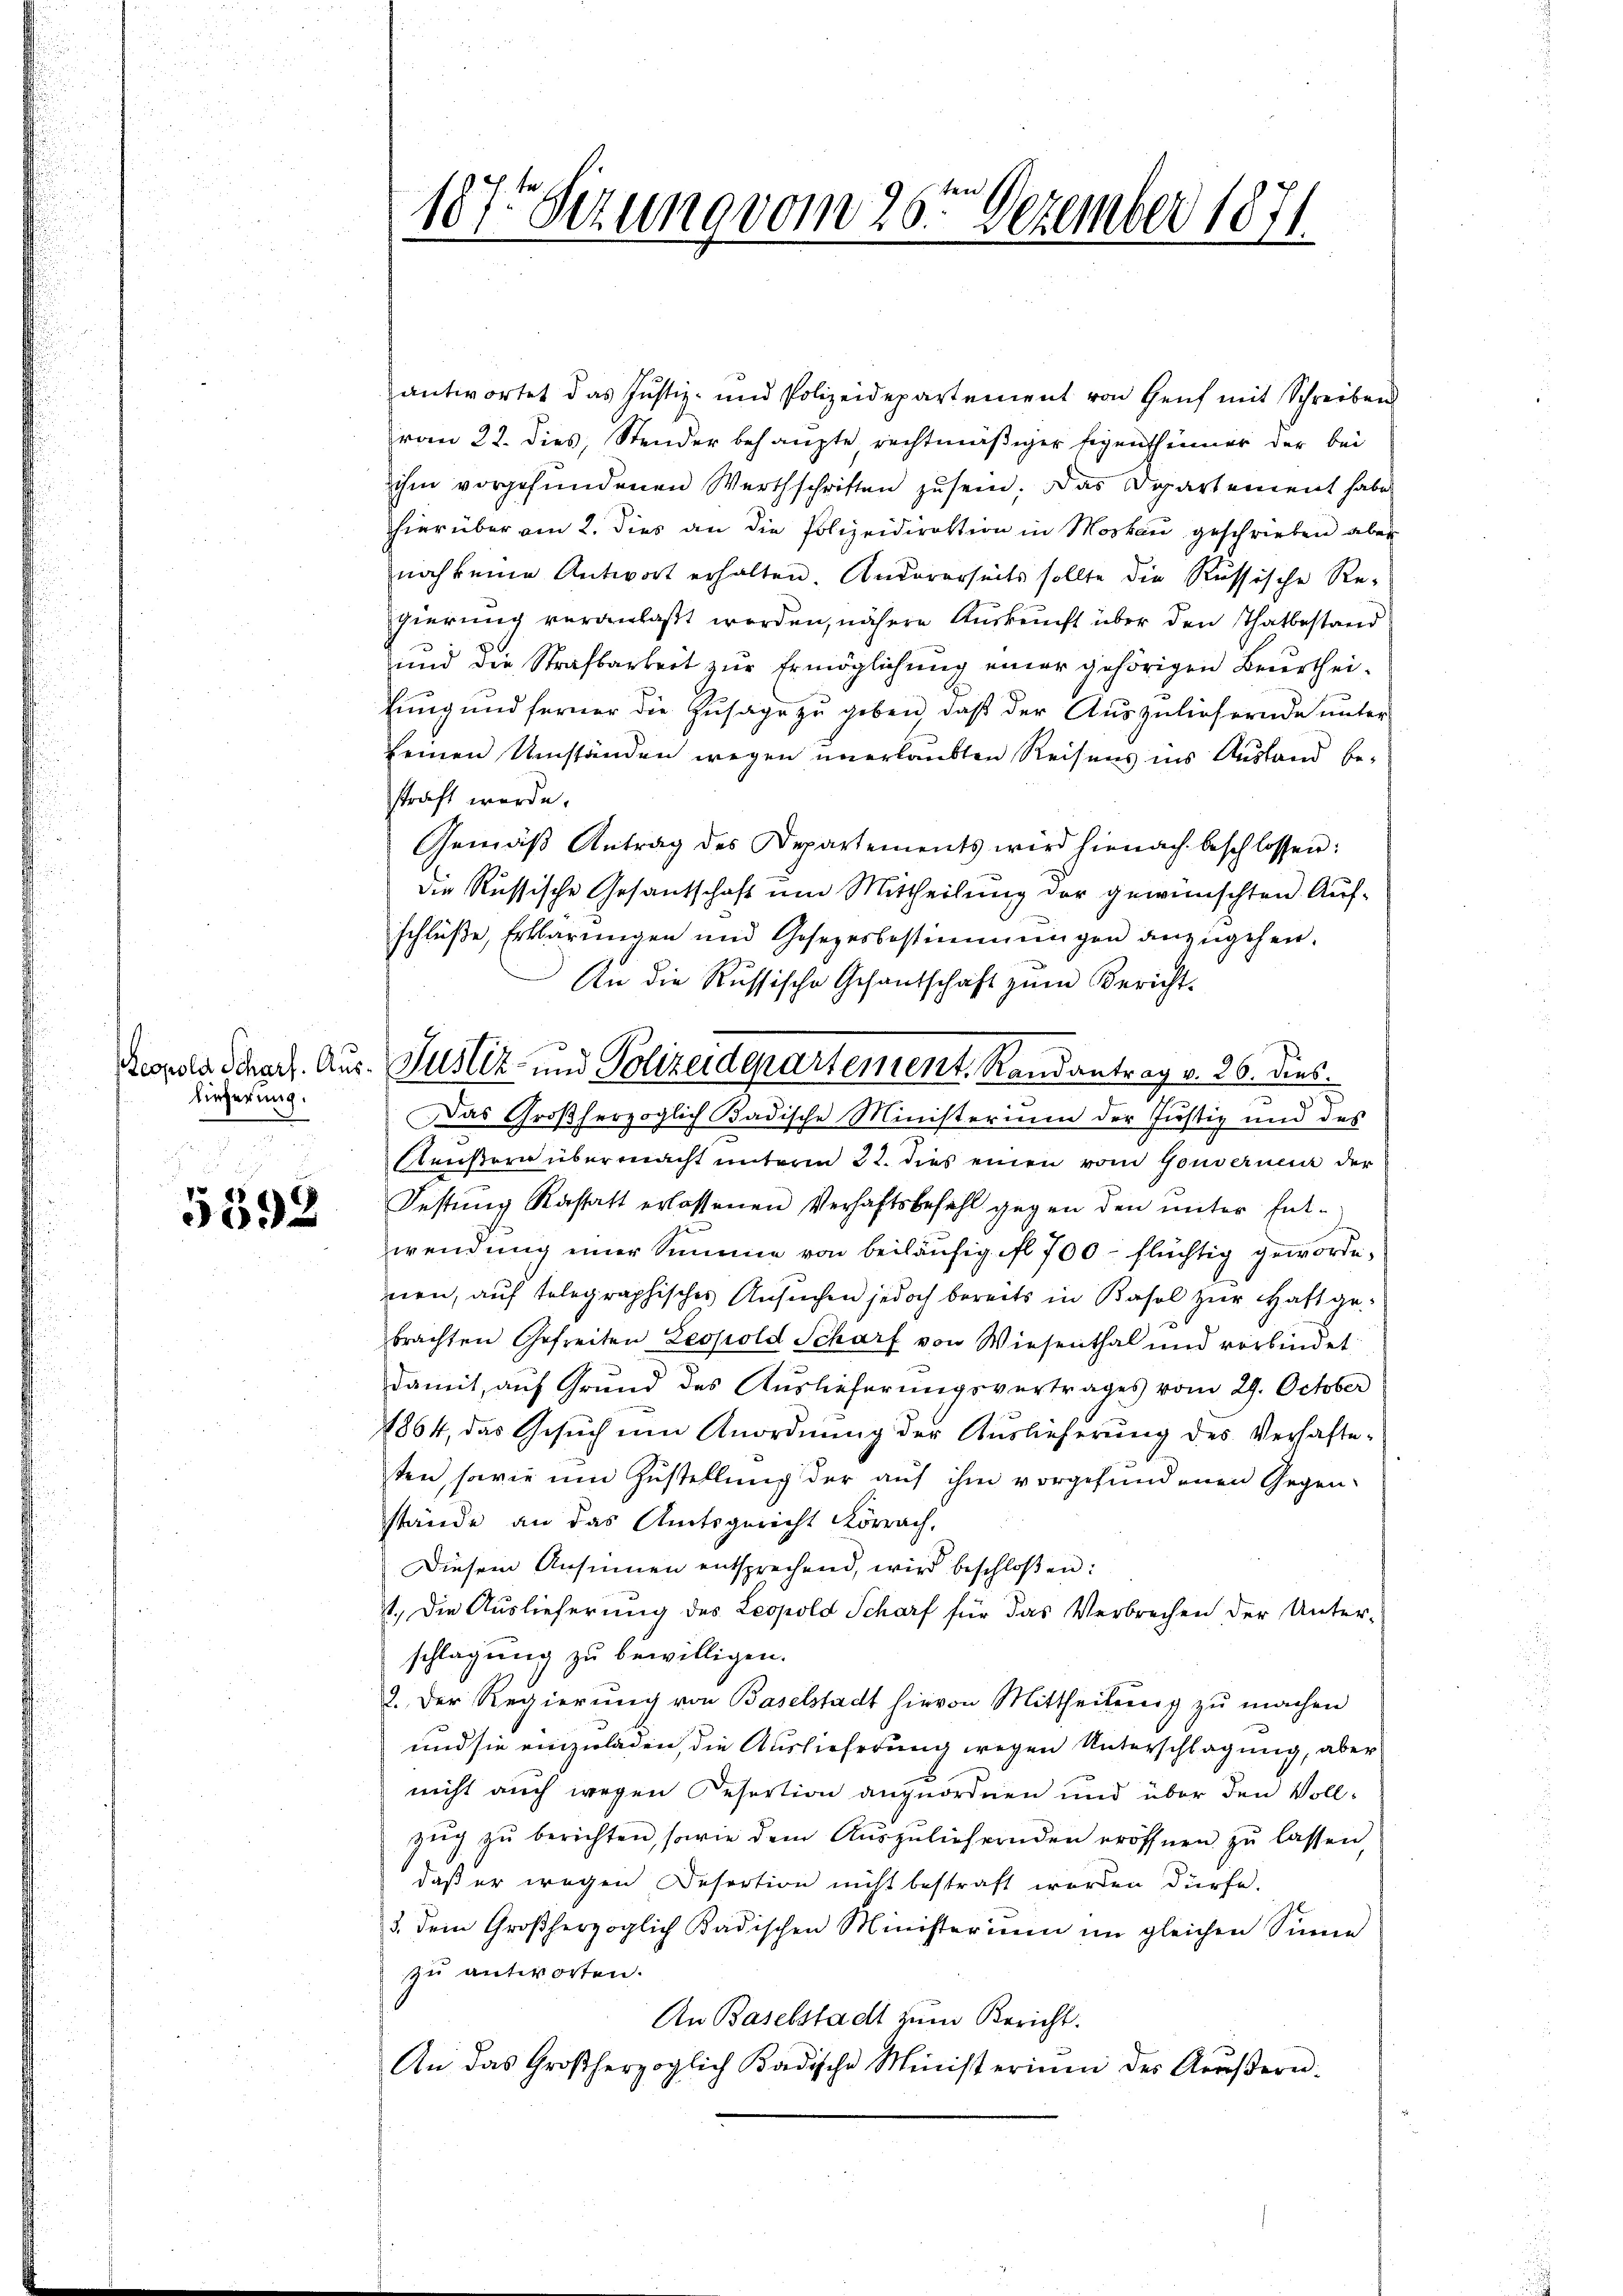
Lieferung.

5392

1875 Sizung vom 26te͇n Dezember 1871.

Reopold Schaft. Aus Justiz- und Polizeidepartement. Randantrag v. 26. dies

antwortet das Justiz- und Polizeidepartement von Genf mit Schreiben
vom 22. dies, Stender behaupte, rechtmäßiger Eigenthümer der bei
ihm vorgefundenen Werthschriften zu sein. Das Departement habe
hierüber am 2. dies an die Polizeidirektion in Moskau geschrieben aber
noch keine Antwort erhalten. Andererseits sollte die Russische Re-
gierung veranlaßt werden, nähere Auskunft über den Thatbestand
und die Strafbarbeit zur Ermöglichung einer gehörigen Beurtheikung und ferner die Zusage zu geben, daß der Auszuliefernde unter
seinen Umständen wegen unerlaubten Reisens ins Ausland bestraft werde.
Gemäß Antrag des Departements wird hienach beschlossen:
die Russische Gesantschaft ŭm Mittheilŭng der gewünschten Auf-
schlüße, Erklärungen und Gesezesbestimmungen anzugehen.
An die Russische Gesantschaft zum Bericht.
Das Großherzoglich Badische Ministerium der Justiz und des
Aeußern übermacht unterm 22. dies einen vom Gouvernen der
Festung Rastatt erlassenen Verhaftsbefehl gegen den unter Entwendung einer Summe von beiläufig ifl 700 flüchtig gewordenen, auf telegraphisches Ansuchen jedoch bereits in Basel zur Haft gebrachten Gefreiten Leopold Scharf von Wiesenthal und verbindet
damit, auf Grund des Auslieferungsvertrages vom 29. October
1864, das Gesuch um Anordnung der Auslieferung des Verhafteten, sowie um Zustellung der auf ihm vorgefundenen Gegen-
stände an das Amtsgericht Lörrach,
Diesem Ansinnen entsprechend, wird beschloßen:
11. Die Auslieferung des Leopold Scharf für das Verbrechen der Unter-
schlagung zu bewilligen.
2. Der Regierŭng von Baselstadt hievon Mittheilung zŭ machen
und sie einzuladen, die Auslieferung wegen Unterschlagung, aber
nicht auch wegen Resertion anzuordnen und über den Vollzŭg zŭ berichten, sowie dem Auszuliefernden eröffnen zu lassen,
daß er wegen Desertion nicht bestraft worden dürfe.
3. Dem Großherzoglich Badischen Ministerium im gleichen Sinne
zu antworten.
An Baselstadt zum Bericht.
An das Großherzoglich Badische Ministeriŭm des Aŭβern-